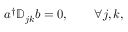
\begin{array} { r } { a ^ { \dagger } \mathbb { D } _ { j k } b = 0 , \qquad \forall j , k , } \end{array}